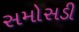
સમોસડી